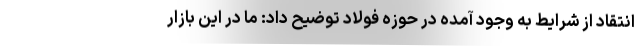
انتقاد از شرایط به وجود آمده در حوزه فولاد توضیح داد: ما در این بازار